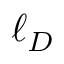
\ell _ { D }